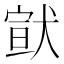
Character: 𤠊